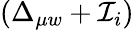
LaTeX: (\Delta_{\mu w}+\mathcal{I}_{i})